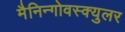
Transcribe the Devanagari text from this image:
मैनिन्गोवस्क्युलर